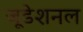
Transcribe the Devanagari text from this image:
जूडेशनल